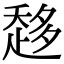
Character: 𧻬